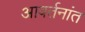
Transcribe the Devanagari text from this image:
आवर्तनांत